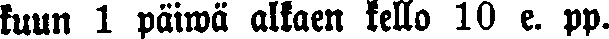
kuun 1 päiwä alkaen kello 10 e. p..